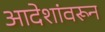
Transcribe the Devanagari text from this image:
आदेशांवरून